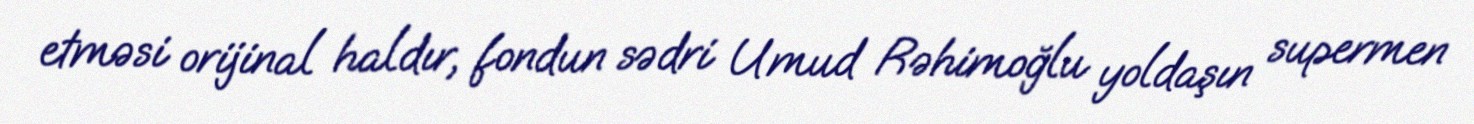
etməsi orijinal haldır, fondun sədri Umud Rəhimoğlu yoldaşın supermen